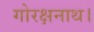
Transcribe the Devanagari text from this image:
गोरक्षनाथ।